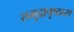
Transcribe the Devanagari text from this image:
समुद्रापृष्ठास